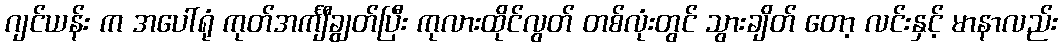
ဂျင်ယန်း က အပေါ်ရုံ ကုတ်အင်္ကျီချွတ်ပြီး ကုလားထိုင်လွတ် တစ်လုံးတွင် သွားချိတ် တော့ လင်းနှင့် မာနာလည်း